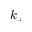
k _ { + }